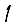
Digit: 1